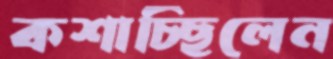
কশাচ্ছিলেন